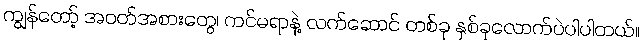
ကျွန်တော့် အဝတ်အစားတွေ၊ ကင်မရာနဲ့ လက်ဆောင် တစ်ခု နှစ်ခုလောက်ပဲပါပါတယ်။